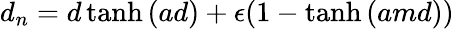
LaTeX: d_{n}=d\operatorname{tanh}{(ad)}+\epsilon(1-\operatorname{tanh}{(amd)})